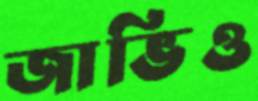
জাভিও